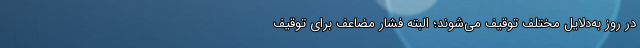
در روز به‌دلایل مختلف توقیف می‌شوند؛ البته فشار مضاعف برای توقیف